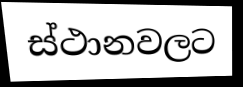
ස්ථානවලට